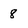
Character: 8